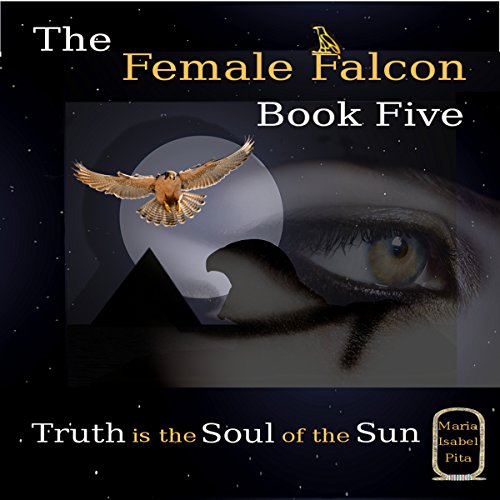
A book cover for Truth Is the Soul of the Sun: The Female Falcon, Book 5; Maria Isabel Pita; Romance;